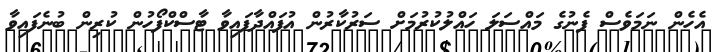
އެހެން ނަމަވެސް ފެނުގެ މައްސަލަ ހައްލުކުރުމަށް ސަރުކާރުން އުފައްދާފައިވާ ޓާސްކްފޯހުން ކުރިން ބުނެފައިވާ